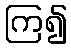
ကြ၍